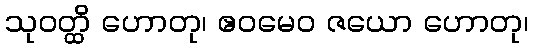
သုဝတ္ထိ ဟောတု၊ ဧဝမေဝ ဇယော ဟောတု၊